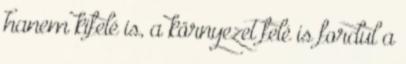
hanem kifelé is, a környezet felé is fordul a